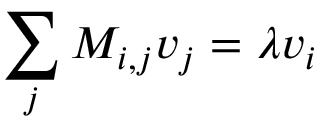
\sum _ { j } M _ { i , j } v _ { j } = \lambda v _ { i }